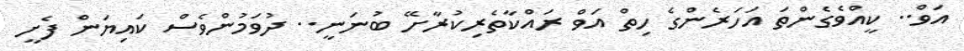
އަވް.. ކީއްވެގެންތަ އަހަރެންގެ ހިތް އަވް ރައްކާތެރިކުރާށޭ ބުނަނީ.. ދުވަމުންވެސް ކައިޔަން ފެށީ